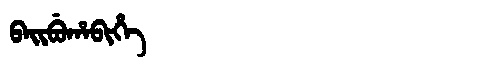
Manchu: ᠪᠠᡳᠪᡠᡥᠠᠪᡳᡥᡝ
Romanization: BAIBUHABIHE